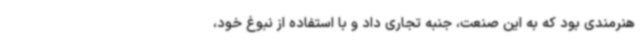
هنرمندی بود که به این صنعت، جنبه تجاری داد و با استفاده از نبوغ خود،